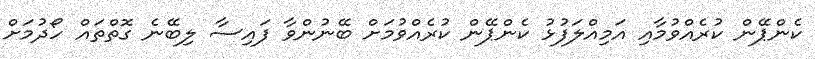
ކެންޕޭން ކުރެއްވުމާއި އަމިއްލަފުޅު ކެންޕޭން ކުރެއްވުމަށް ބޭނުންވާ ފައިސާ ލިބޭނެ ގޮތްތައް ހޯދުމަށް